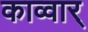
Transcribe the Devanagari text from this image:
काव्वार्